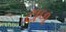
ટાળ